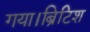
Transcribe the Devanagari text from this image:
गया।ब्रिटिश